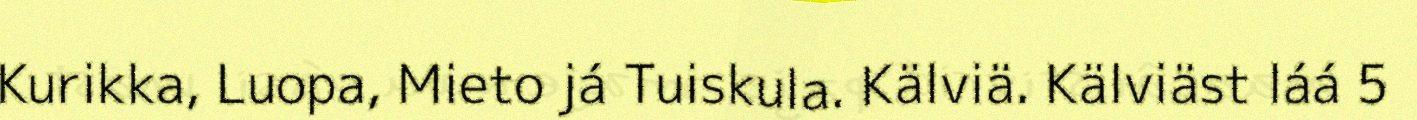
Kurikka, Luopa, Mieto já Tuiskula. Kälviä. Kälviäst láá 5